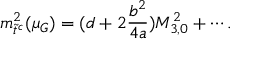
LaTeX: m _ { \tilde { t } ^ { c } } ^ { 2 } ( \mu _ { G } ) = ( d + 2 \frac { b ^ { 2 } } { 4 a } ) M _ { 3 , 0 } ^ { 2 } + \cdots .